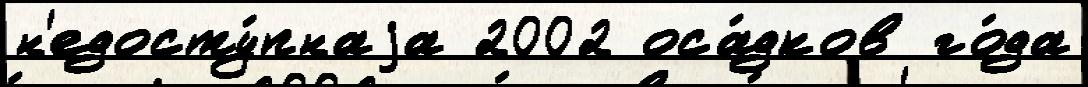
н'едосту́пнаjа 2002 оса́дков го́да